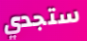
ستجدي